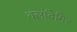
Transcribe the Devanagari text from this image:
क्लॉदेमिर